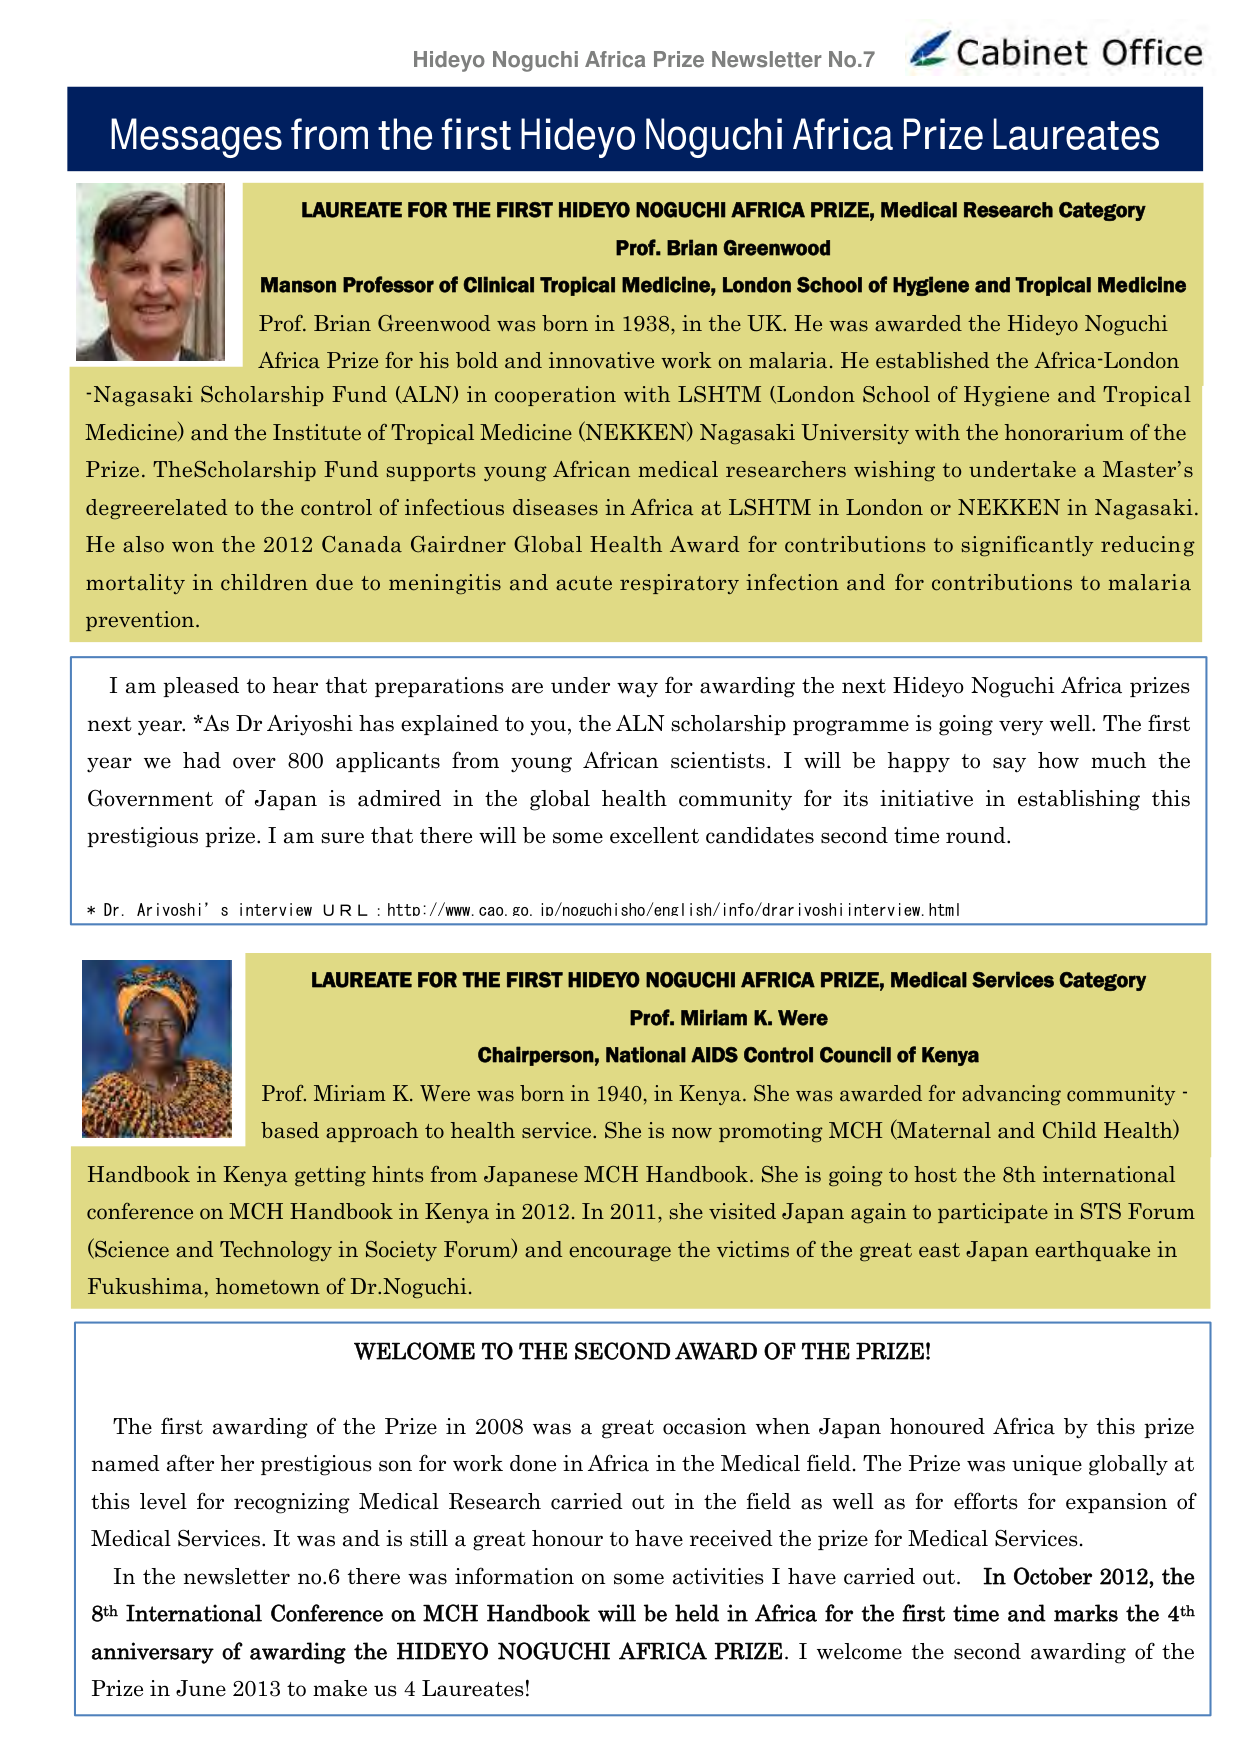
Hideyo Noguchi Africa Prize Newsletter No.7 Cabinet Office
Messages from the first Hideyo Noguchi Africa Prize Laureates
LAUREATE FOR THE FIRST HIDEYO NOGUCHI AFRICA PRIZE, Medical Research Category
Prof. Brian Greenwood
Manson Professor of Clinical Tropical Medicine, London School of Hygiene and Tropical Medicine
Prof. Brian Greenwood was born in 1938, in the UK. He was awarded the Hideyo Noguchi Africa Prize for his bold and innovative work on malaria. He established the Africa-London -Nagasaki Scholarship Fund (ALN) in cooperation with LSHTM (London School of Hygiene and Tropical Medicine) and the Institute of Tropical Medicine (NEKKEN) Nagasaki University with the honorarium of the Prize. The Scholarship Fund supports young African medical researchers wishing to undertake a Master’s degree related to the control of infectious diseases in Africa at LSHTM in London or NEKKEN in Nagasaki. He also won the 2012 Canada Gairdner Global Health Award for contributions to significantly reducing mortality in children due to meningitis and acute respiratory infection and for contributions to malaria prevention.
I am pleased to hear that preparations are under way for awarding the next Hideyo Noguchi Africa prizes next year. *As Dr Ariyoshi has explained to you, the ALN scholarship programme is going very well. The first year we had over 800 applicants from young African scientists. I will be happy to say how much the Government of Japan is admired in the global health community for its initiative in establishing this prestigious prize. I am sure that there will be some excellent candidates second time round.
* Dr. Arivoshi’s interview URL : http://www.cao.go.id/noguchisho/english/info/drarivoshiinterview.html
LAUREATE FOR THE FIRST HIDEYO NOGUCHI AFRICA PRIZE, Medical Services Category
Prof. Miriam K. Were
Chairperson, National AIDS Control Council of Kenya
Prof. Miriam K. Were was born in 1940, in Kenya. She was awarded for advancing community - based approach to health service. She is now promoting MCH (Maternal and Child Health) Handbook in Kenya getting hints from Japanese MCH Handbook. She is going to host the 8th international conference on MCH Handbook in Kenya in 2012. In 2011, she visited Japan again to participate in STS Forum (Science and Technology in Society Forum) and encourage the victims of the great east Japan earthquake in Fukushima, hometown of Dr. Noguchi.
WELCOME TO THE SECOND AWARD OF THE PRIZE!
The first awarding of the Prize in 2008 was a great occasion when Japan honoured Africa by this prize named after her prestigious son for work done in Africa in the Medical field. The Prize was unique globally at this level for recognizing Medical Research carried out in the field as well as for efforts for expansion of Medical Services. It was and is still a great honour to have received the prize for Medical Services.
In the newsletter no.6 there was information on some activities I have carried out. In October 2012, the 8th International Conference on MCH Handbook will be held in Africa for the first time and marks the 4th anniversary of awarding the HIDEYO NOGUCHI AFRICA PRIZE. I welcome the second awarding of the Prize in June 2013 to make us 4 Laureates!